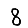
Digit: 8